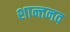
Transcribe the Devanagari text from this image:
शान्तनव